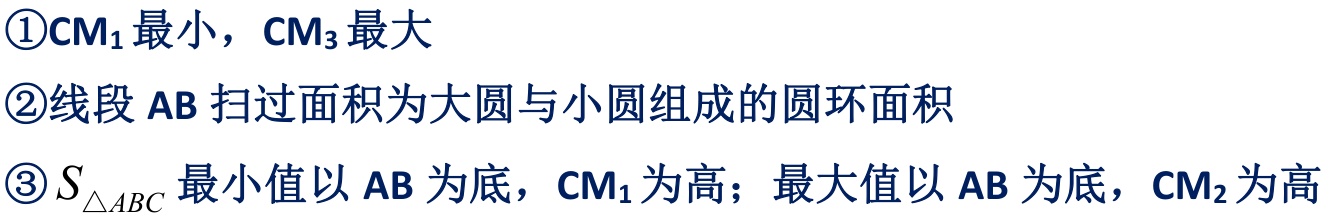
\textcircled{1}\(CM_1\)最小，\(CM_3\)最大
\textcircled{2}线段 \(AB\) 扫过面积为大圆与小圆组成的圆环面积
\textcircled{3}\(S_{\triangle ABC}\)最小值以 \(AB\) 为底，\(CM_1\)为高；最大值以 \(AB\) 为底，\(CM_2\)为高